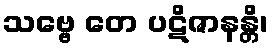
သဗ္ဗေ တေ ပဋိဇာနန္တိ၊